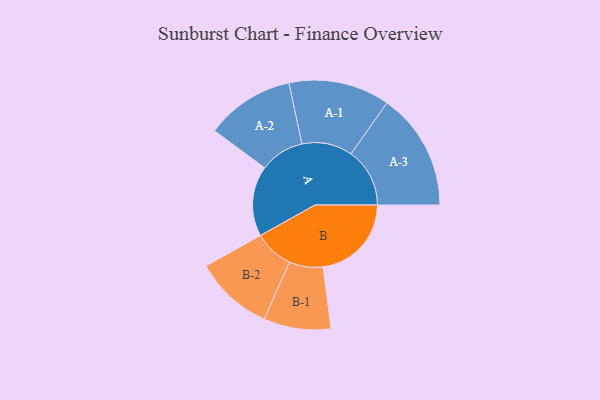
{"axis": {"x": "Segment", "y": "Value"}, "legend": ["", "A", "B"], "data": [{"x": "A", "y": 353, "type": ""}, {"x": "B", "y": 444, "type": ""}, {"x": "A-1", "y": 254, "type": "A"}, {"x": "A-2", "y": 223, "type": "A"}, {"x": "A-3", "y": 295, "type": "A"}, {"x": "B-1", "y": 169, "type": "B"}, {"x": "B-2", "y": 198, "type": "B"}]}